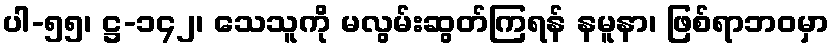
ပါ-၅၅၊ ဋ္ဌ-၁၄၂၊ သေသူကို မလွမ်းဆွတ်ကြရန် နမူနာ၊ ဖြစ်ရာဘဝမှာ